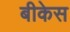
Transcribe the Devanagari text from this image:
बीकेस